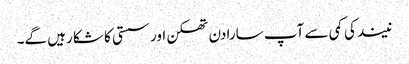
نیند کی کمی سے آپ سارا دن تھکن اور سستی کا شکا رہیں گے۔